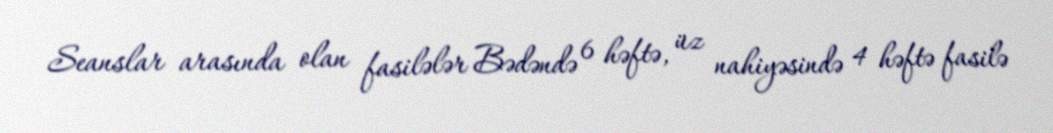
Seanslar arasında olan fasilələr Bədəndə 6 həftə, üz nahiyəsində 4 həftə fasilə